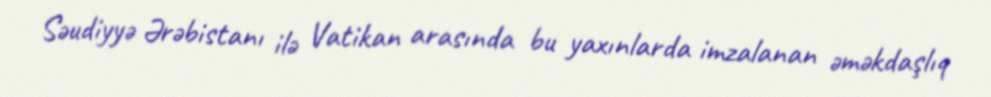
Səudiyyə Ərəbistanı ilə Vatikan arasında bu yaxınlarda imzalanan əməkdaşlıq